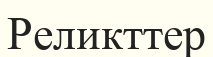
Реликттер